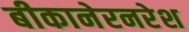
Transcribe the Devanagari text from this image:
बीकानेरनरेश